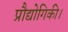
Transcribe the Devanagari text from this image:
प्रौद्योगिकी।